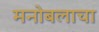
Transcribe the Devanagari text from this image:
मनोबलाचा